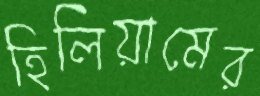
হিলিয়ামের